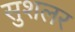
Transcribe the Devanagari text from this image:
सुशलर